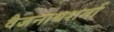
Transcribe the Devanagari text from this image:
वैजनाथशर्मा